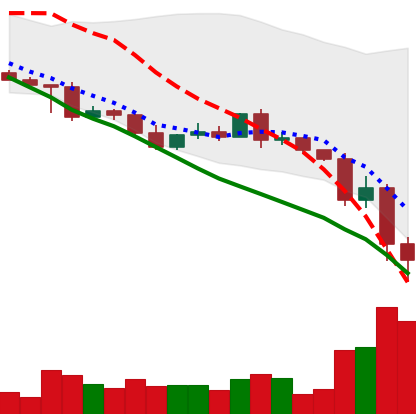
Ticker: XRP-USD
Chart end date: 2022-05-12
Forward return: 13.608%
Label: up_7plus